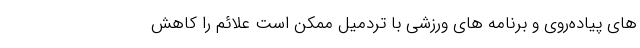
های پیاده‌روی و برنامه های ورزشی با تردمیل ممکن است علائم را کاهش